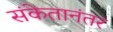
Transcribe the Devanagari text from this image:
संकेतानंतर